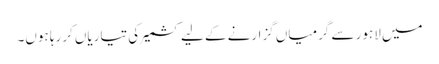
میں لاہور سے گرمیاں گزارنے کے لیے کشمیر کی تیاریاں کررہا ہوں۔